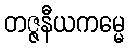
တဇ္ဇနီယကမ္မေ